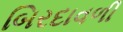
બિરદાવળી